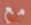
مع